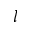
l